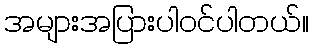
အများအပြားပါဝင်ပါတယ်။